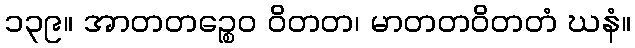
၁၃၉။ အာတတဉ္စေဝ ဝိတတ၊ မာတတဝိတတံ ဃနံ။